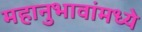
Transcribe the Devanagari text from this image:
महानुभावांमध्ये